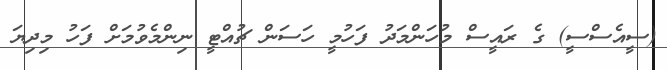
(ސީއެސްސީ) ގެ ރައީސް މުހަންމަދު ފަހުމީ ހަސަން ޗުއްޓީ ނިންމެވުމަށް ފަހު މިދިޔަ